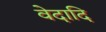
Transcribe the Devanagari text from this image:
वेदादि